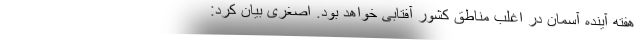
هفته آینده آسمان در اغلب مناطق کشور آفتابی خواهد بود. اصغری بیان کرد: